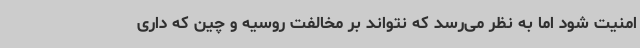
امنیت شود اما به نظر می‌رسد که نتواند بر مخالفت روسیه و چین که داری